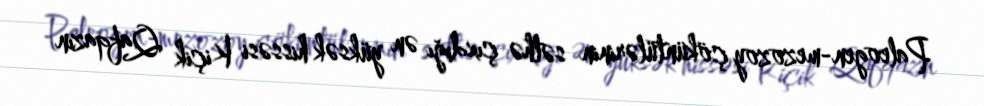
Paleogen-mezozoy çöküntülərinin səthə çıxdığı ən yüksək hissəsi Kiçik Qafqazın